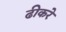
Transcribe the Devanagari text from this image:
ढीकरे